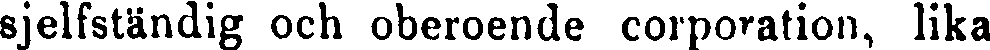
sjelfständig och oberoende corporation, lika